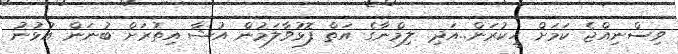
ވިސްނިއްޖެ ކަމަށް ހީކުރަން..އަދި. ލިމްނާގެ އަތް ފޮޅުވާލަމުން އުޝާ އިތުރަށް ބުނަން އުޅުނު